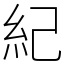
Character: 紀